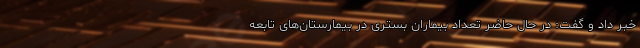
خبر داد و گفت: در حال حاضر تعداد بیماران بستری در بیمارستان‌های تابعه